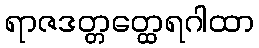
ရာဇဒတ္တတ္ထေရဂါထာ